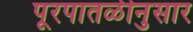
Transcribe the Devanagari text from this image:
पूरपातळीनुसार